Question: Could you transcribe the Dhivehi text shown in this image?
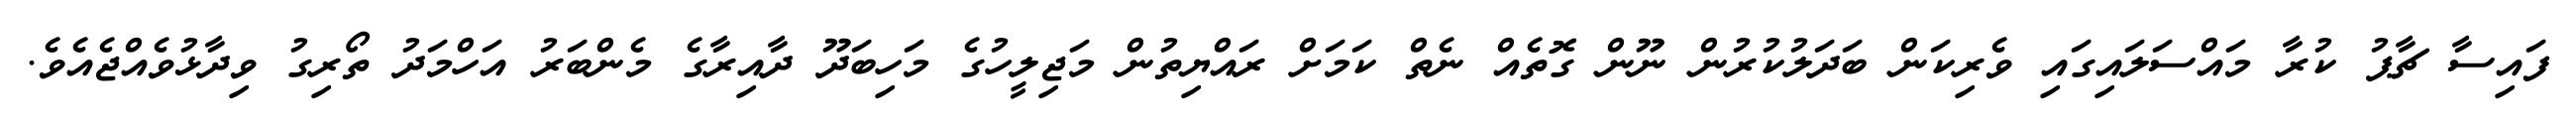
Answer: ފައިސާ ޗާޕު ކުރާ މައްސަލައިގައި ވެރިކަން ބަދަލުކުރުން ނޫން ގޮތެއް ނެތް ކަމަށް ރައްޔިތުން މަޖިލީހުގެ މަހިބަދޫ ދާއިރާގެ މެންބަރު އަހްމަދު ތޯރިގު ވިދާޅުވެއްޖެއެވެ.